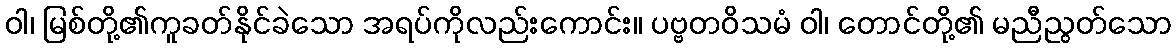
ဝါ၊ မြစ်တို့၏ကူခတ်နိုင်ခဲသော အရပ်ကိုလည်းကောင်း။ ပဗ္ဗတဝိသမံ ဝါ၊ တောင်တို့၏ မညီညွတ်သော